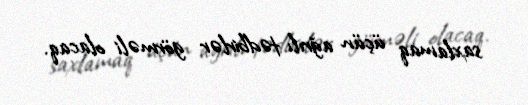
saxlamaq üçün ağrılı tədbirlər görməli olacaq.